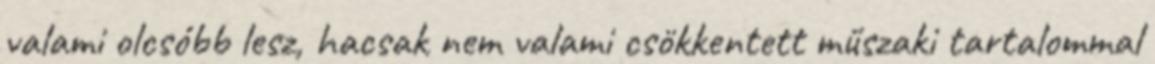
valami olcsóbb lesz, hacsak nem valami csökkentett műszaki tartalommal